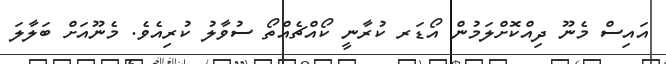
އައިސް މެނޫ ދިއްކޮށްލަމުން އޯޑަރ ކުރާނީ ކޯއްޗެއްތޯ ސުވާލު ކުރިއެވެ. މެނޫއަށް ބަލާލަ